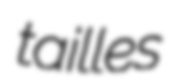
tailles